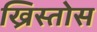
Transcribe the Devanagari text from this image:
ख्रिस्‍तोस